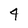
Character: 4